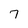
Character: 7